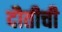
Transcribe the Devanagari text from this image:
दौतीची